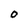
Character: o